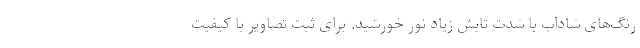
رنگ‌های شاداب با شدت تابش زیاد نور خورشید. برای ثبت تصاویر با کیفیت